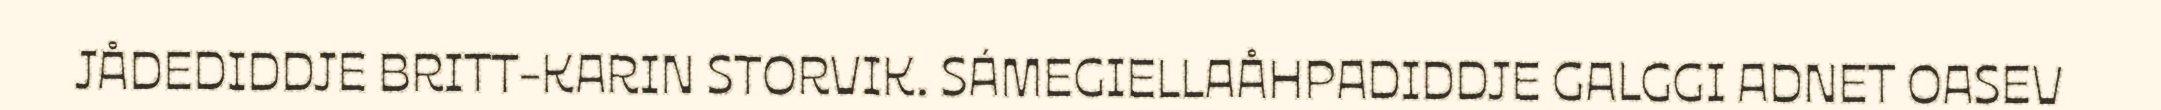
JÅDEDIDDJE BRITT-KARIN STORVIK. SÁMEGIELLAÅHPADIDDJE GALGGI ADNET OASEV